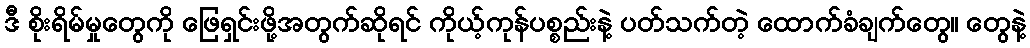
ဒီ စိုးရိမ်မှုတွေကို ဖြေရှင်းဖို့အတွက်ဆိုရင် ကိုယ့်ကုန်ပစ္စည်းနဲ့ ပတ်သက်တဲ့ ထောက်ခံချက်တွေ၊၊ တွေနဲ့